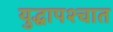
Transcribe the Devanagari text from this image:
युद्धापश्चात